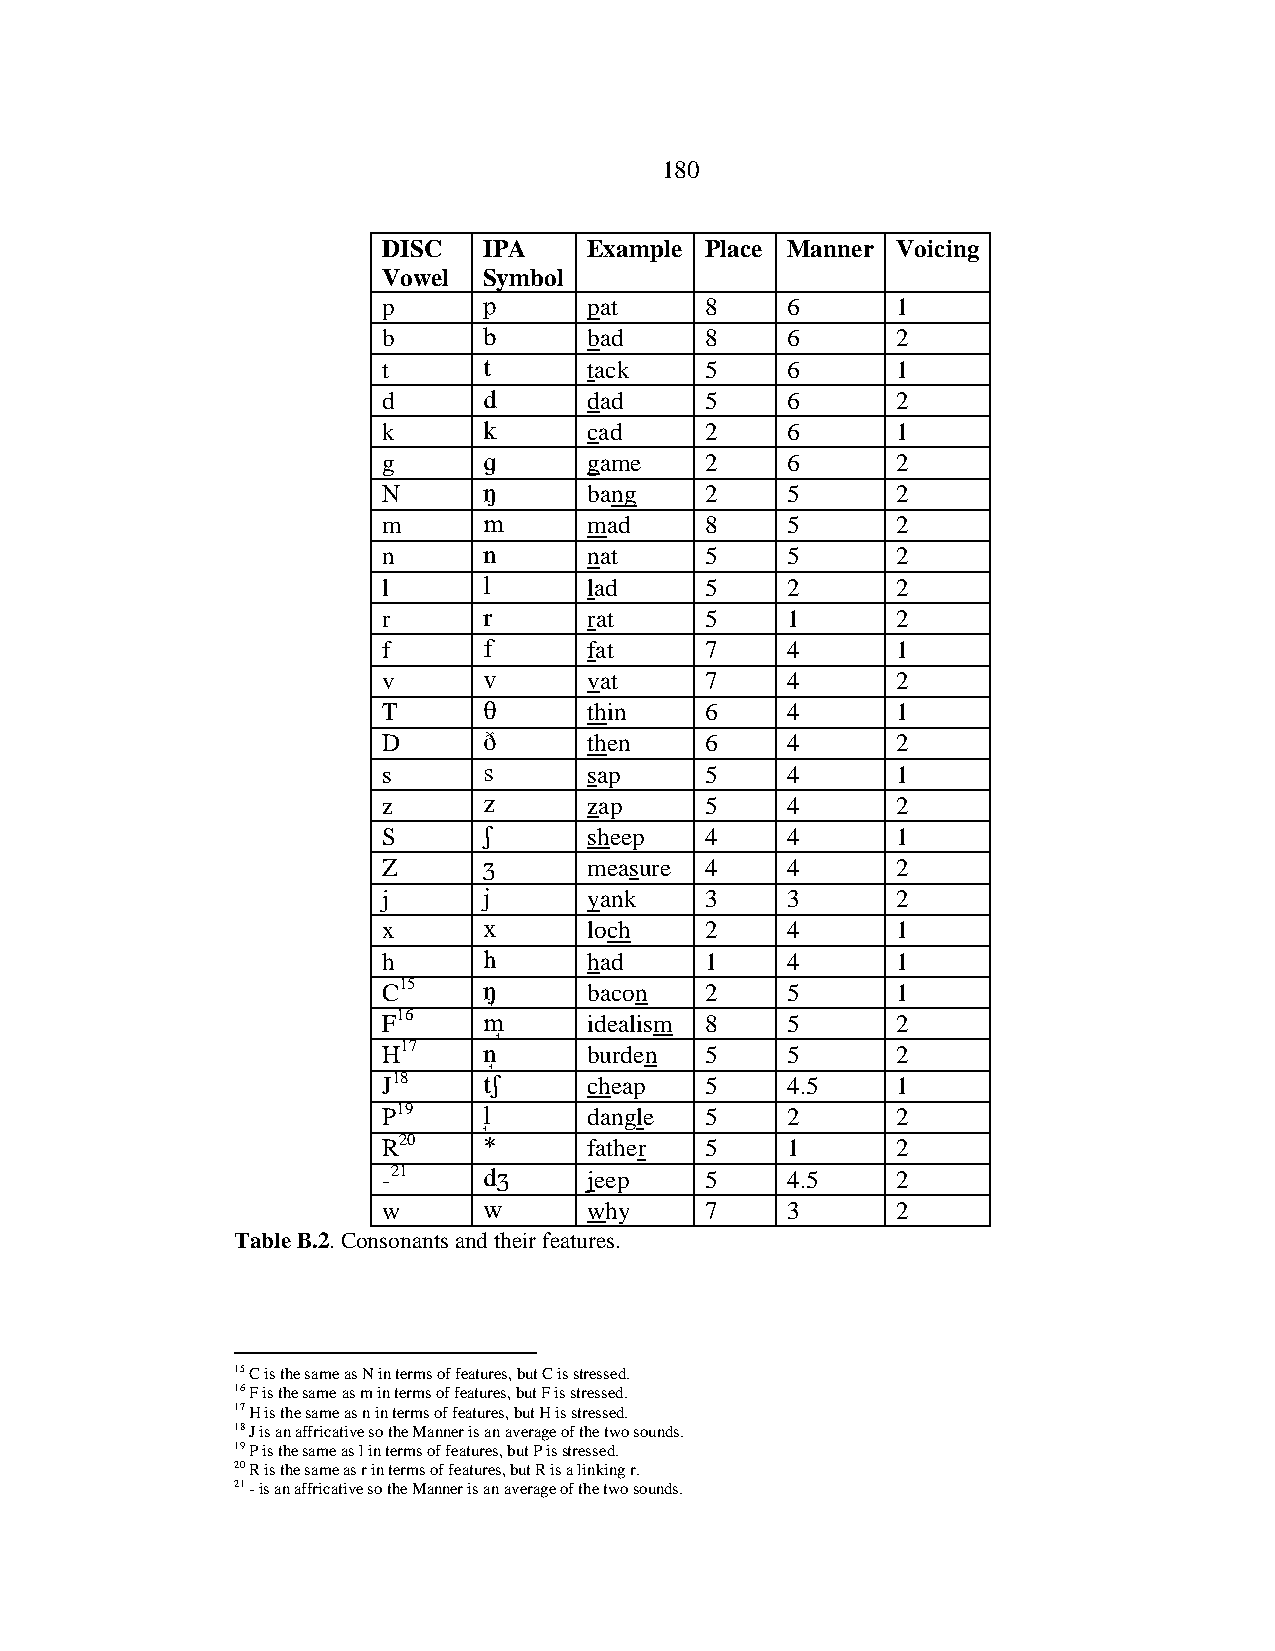
180
 DISC   IPA    Example Place Manner Voicing
 Vowel  Symbol
 p            pat     8    6      1
 b            bad     8    6      2
 t            tack    5    6      1
 d            dad     5    6      2
 k            cad     2    6      1
 g            game    2    6      2
 N            bang    2    5      2
 m            mad     8    5      2
 n            nat     5    5      2
 l            lad     5    2      2
 r            rat     5    1      2
 f            fat     7    4      1
 v            vat     7    4      2
 T            thin    6    4      1
 D            then    6    4      2
 s            sap     5    4      1
 z            zap     5    4      2
 S            sheep   4    4      1
 Z            measure 4    4      2
 j            yank    3    3      2
 x            loch    2    4      1
 h            had     1    4      1
 C15     bacon   2    5      1
 F16         idealism 8   5      2
 H17         burden  5    5      2
 J18         cheap   5    4.5    1
 P19         dangle  5    2      2
 R20          father  5    1      2
 -21         jeep    5    4.5    2
 w            why     7    3      2
 Table B.2. Consonants and their features.
 15 C is the same as N in terms of features, but C is stressed.
 16 F is the same as m in terms of features, but F is stressed.
 17 H is the same as n in terms of features, but H is stressed.
 18 J is an affricative so the Manner is an average of the two sounds.
 19 P is the same as l in terms of features, but P is stressed.
 20 R is the same as r in terms of features, but R is a linking r.
 21 - is an affricative so the Manner is an average of the two sounds.